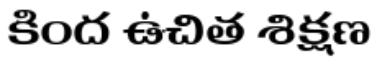
కింద ఉచిత శిక్షణ